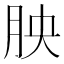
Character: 胦